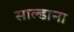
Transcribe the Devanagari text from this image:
साल्डाना